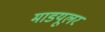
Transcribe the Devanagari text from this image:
माडयूलर